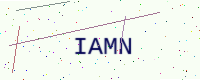
Text: IAMN